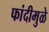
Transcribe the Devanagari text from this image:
फांदीमुळे